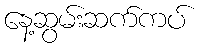
နေ့ဆွမ်းဆက်ကပ်